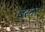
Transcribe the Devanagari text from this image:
बरनर